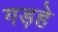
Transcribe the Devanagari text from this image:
गड़हे